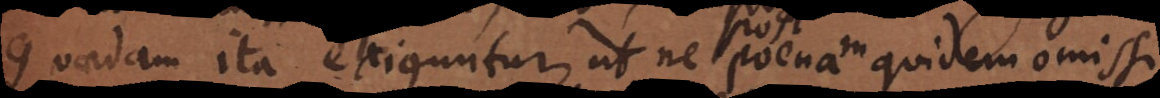
Quaedam ita exiguntur, ut ne poena quidem omissi